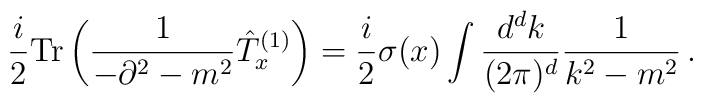
\frac{i}{2}{\rm Tr}\left(\frac{1}{-\partial^2-m^2} \hat{T}^{(1)}_x \right)=\frac{i}{2}\sigma(x)\int \frac{d^dk}{(2\pi)^d}\frac{1}{k^2-m^2}\, .